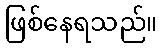
ဖြစ်နေရသည်။